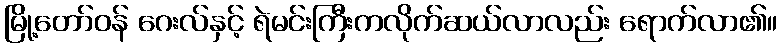
မြို့တော်ဝန် ဂေးလ်နှင့် ရဲမင်းကြီးကလိုက်ဆယ်လာလည်း ရောက်လာ၏။